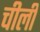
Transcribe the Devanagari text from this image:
चीली